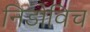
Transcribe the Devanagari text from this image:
निडोविच